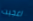
اعجبت